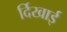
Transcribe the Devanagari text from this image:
र्दिखाई